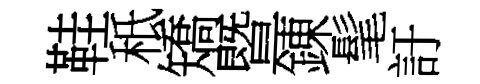
鞋秪矯暨錬髦訏